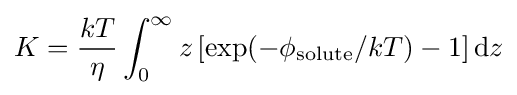
K={\frac {kT}{\eta }}\int _{0}^{\infty }z\left[\exp(-\phi _{\text{solute}}/kT)-1\right]{\rm {d}}z